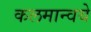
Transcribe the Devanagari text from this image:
कलमान्वये